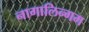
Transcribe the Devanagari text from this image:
नागालिन्गम